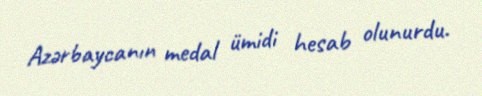
Azərbaycanın medal ümidi hesab olunurdu.